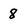
Character: 8